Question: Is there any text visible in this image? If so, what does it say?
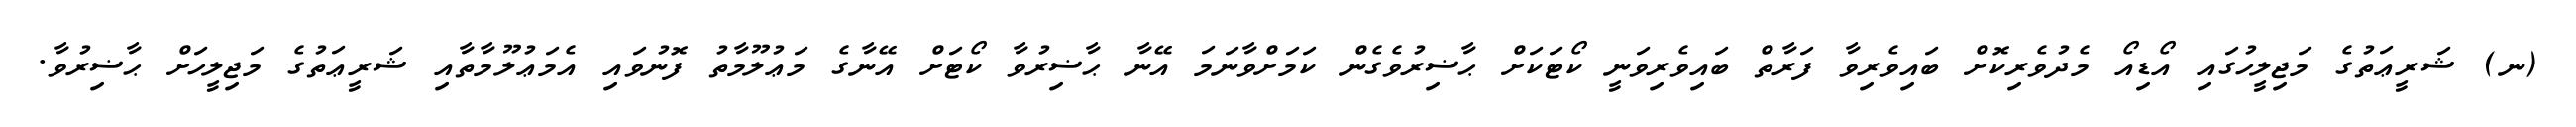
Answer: (ނ) ޝަރީޢަތުގެ މަޖިލީހުގައި އޯޑިއޯ މެދުވެރިކޮށް ބައިވެރިވާ ފަރާތް ބައިވެރިވަނީ ކޯޓަކަށް ޙާޟިރުވެގެން ކަމަށްވާނަމަ އޭނާ ޙާޟިރުވާ ކޯޓަށް އޭނާގެ މަޢުލޫމާތު ފޮނުވައި އެމަޢުލޫމާތާއި ޝަރީޢަތުގެ މަޖިލީހަށް ޙާޟިރުވާ.